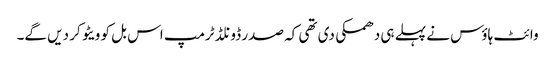
وائٹ ہاؤس نے پہلے ہی دھمکی دی تھی کہ صدر ڈونلڈ ٹرمپ اس بل کو ویٹو کر دیں گے۔